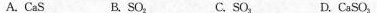
A. CaS B. SO_{2} C.SO_{3} D. CaSO_{3}